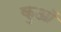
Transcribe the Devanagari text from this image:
कुआॅ